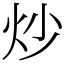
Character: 炒